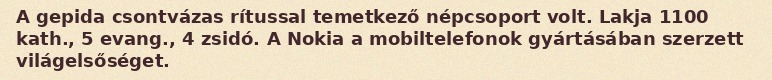
A gepida csontvázas rítussal temetkező népcsoport volt. Lakja 1100 kath., 5 evang., 4 zsidó. A Nokia a mobiltelefonok gyártásában szerzett világelsőséget.